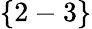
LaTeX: \{ 2-3\}